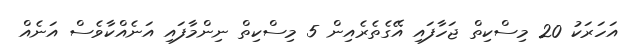
އަހަރަކު 20 މިސްކިތް ޖަހާފައި އޭގެތެރެއިން 5 މިސްކިތް ނިންމާފައި އަނެއްކާވެސް އަނެއް